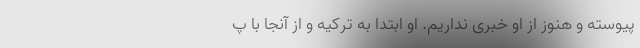
پیوسته و هنوز از او خبری نداریم. او ابتدا به ترکیه و از آنجا با پ